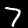
Label: 7